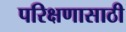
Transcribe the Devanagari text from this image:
परिक्षणासाठी